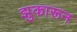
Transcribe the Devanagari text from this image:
झुकारून